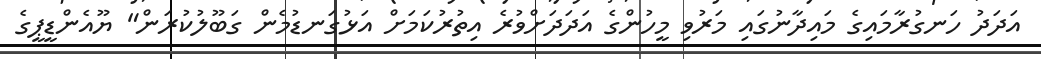
އަދަދު ހަނގުރާމައިގެ މައިދާނުގައި މަރުވި މީހުންގެ އަދަދަށްވުރެ އިތުރުކަމަށް އަޅުގަނޑުމެން ގަބޫލުކުރަން" ޔޫއެންޑީޕީގެ